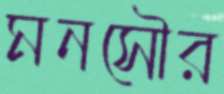
মনসৌর